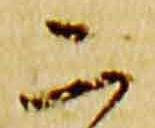
二